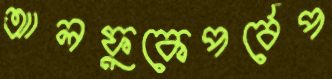
আলফুকেপর্বেপ